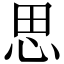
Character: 思